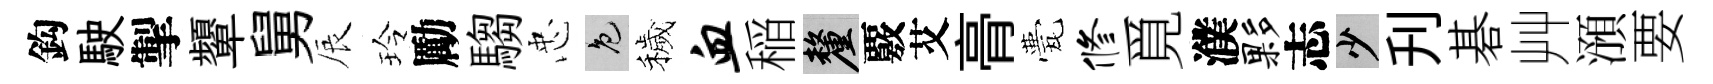
鈎駛掣顰舅辰玲勵騶忠色穢血稲厘覈艾𮌔甍修覓濮夥志少刋碁艸澦要